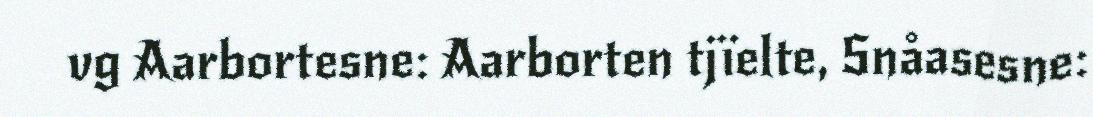
vg Aarbortesne: Aarborten tjïelte, Snåasesne: